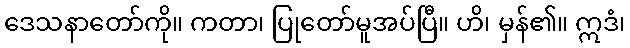
ဒေသနာတော်ကို။ ကတာ၊ ပြုတော်မူအပ်ပြီ။ ဟိ၊ မှန်၏။ ဣဒံ၊